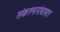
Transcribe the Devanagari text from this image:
संकल्पनांबाबत